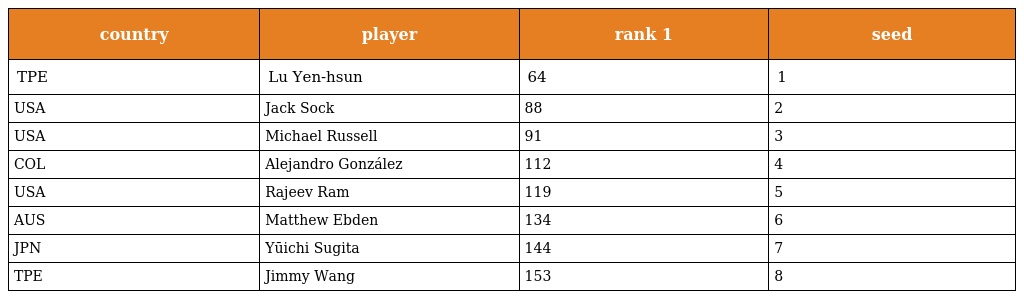
| country | player | rank 1 | seed |
 | --- | --- | --- | --- |
 | TPE | Lu Yen-hsun | 64 | 1 |
 | USA | Jack Sock | 88 | 2 |
 | USA | Michael Russell | 91 | 3 |
 | COL | Alejandro González | 112 | 4 |
 | USA | Rajeev Ram | 119 | 5 |
 | AUS | Matthew Ebden | 134 | 6 |
 | JPN | Yūichi Sugita | 144 | 7 |
 | TPE | Jimmy Wang | 153 | 8 |